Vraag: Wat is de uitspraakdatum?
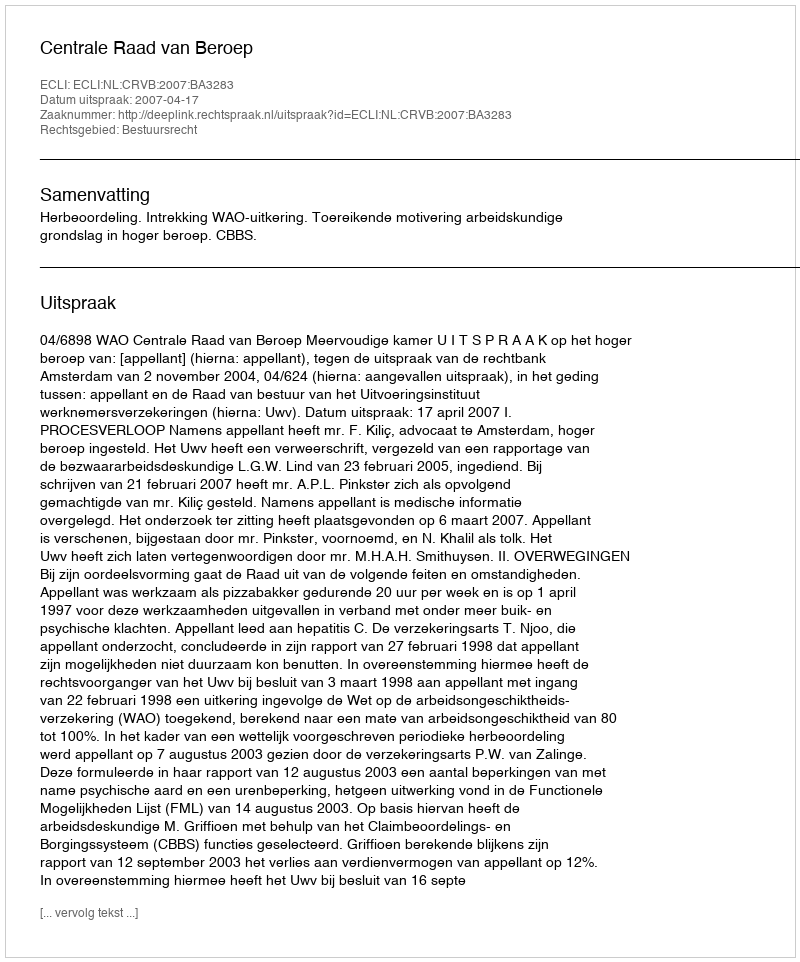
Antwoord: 2007-04-17